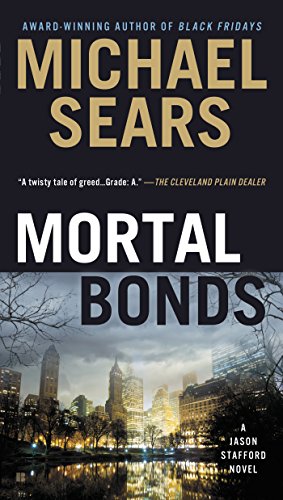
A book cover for Mortal Bonds (A Jason Stafford Novel); Michael Sears; Mystery, Thriller & Suspense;